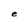
Character: e